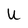
Character: U